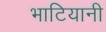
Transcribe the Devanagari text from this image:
भाटियानी